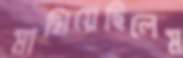
মাখিয়েছিলেম